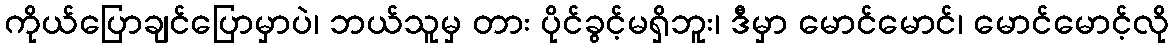
ကိုယ်ပြောချင်ပြောမှာပဲ၊ ဘယ်သူမှ တား ပိုင်ခွင့်မရှိဘူး၊ ဒီမှာ မောင်မောင်၊ မောင်မောင့်လို